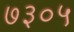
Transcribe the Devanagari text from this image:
७३०५